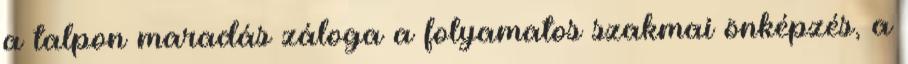
a talpon maradás záloga a folyamatos szakmai önképzés, a